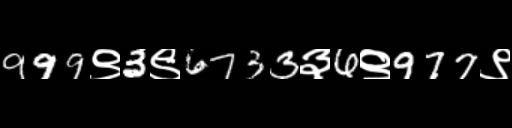
Text: 999९3९6733३6९977९